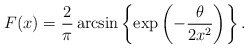
\begin{align*}F(x) = \frac{2}{\pi}\arcsin \left\{\exp\left(-\frac{\theta}{2 x^2}\right)\right\}.\end{align*}